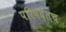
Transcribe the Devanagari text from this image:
परिषदेतच